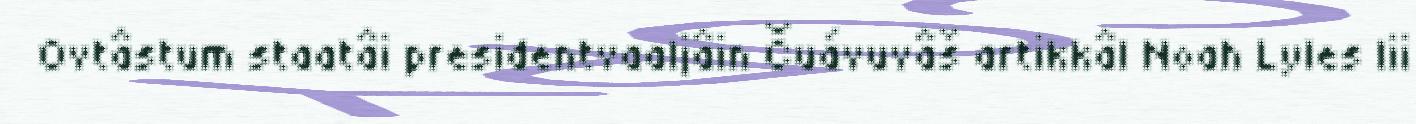
Ovtâstum staatâi presidentvaaljâin Čuávuvâš artikkâl Noah Lyles lii